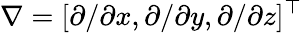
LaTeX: \nabla=[\partial/\partial x,\partial/\partial y,\partial/\partial z]^{\top}